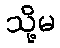
သို့မ